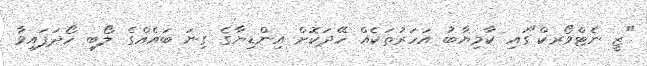
"ޒީ ނެޓްވޯރކް"ގައި ކާމިޔާބު އަހަރުތަކެއް ހޭދަކޮށް އިންޑިޔާގެ ގިނަ ބައެއްގެ ލޯބި ހޯދަފައިވާ